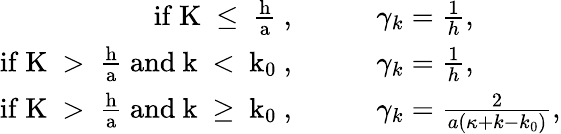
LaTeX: \begin{array}{rl}{\mathrm{if~K~\leq~\frac{h}{a}~},}&{\qquad\gamma_{k}=\frac{1}{h},}\\ {\mathrm{if~K~>~\frac{h}{a}~and~k~<~k_0~},}&{\qquad\gamma_{k}=\frac{1}{h},}\\ {\mathrm{if~K~>~\frac{h}{a}~and~k~\geq~k_0~},}&{\qquad\gamma_{k}=\frac{2}{a(\kappa+k-k_{0})},}\end{array}